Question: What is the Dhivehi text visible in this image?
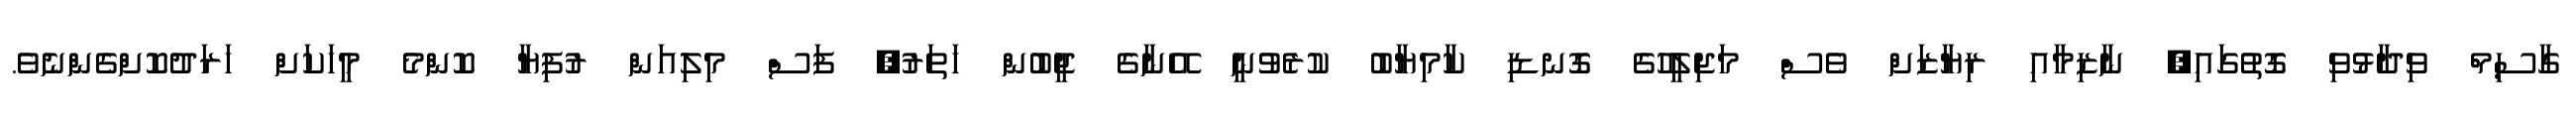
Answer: ގާސިމް ވިދާޅުވި ގޮތުގައި, ނާޒިމާއި ރިޔާޒަށް ވެސް މަޖިލީހުގެ ގޮނޑި ކާމިޔާބު ކުރެވުނީ އޭނާގެ ޖީބުން ހަތަރު, ފަސް މިލިއަން ރުފިޔާ ކޮންމެ މީހަކަށް ހަރަދުކޮށްގެންނެވެ.